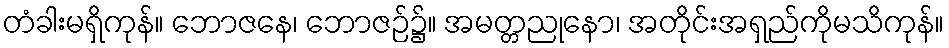
တံခါးမရှိကုန်။ ဘောဇနေ၊ ဘောဇဉ်၌။ အမတ္တညုနော၊ အတိုင်းအရှည်ကိုမသိကုန်။